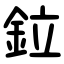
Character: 鉝